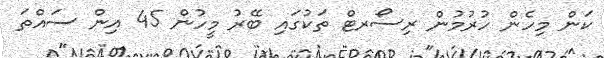
ކަން މިހެން ހުރުމުން ރިސޯރޓް ތަކުގައި ބޭރު މީހުން 45 އިން ސައްތަ